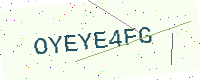
Text: OYEYE4FG